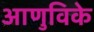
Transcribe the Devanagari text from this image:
आणुविके